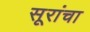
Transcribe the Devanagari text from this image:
सूरांचा